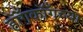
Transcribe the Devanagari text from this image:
हॉँगकॉँगच्या